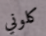
كلوني